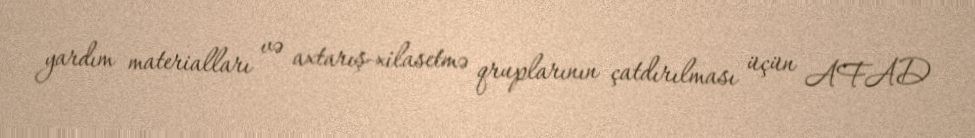
yardım materialları və axtarış-xilasetmə qruplarının çatdırılması üçün AFAD